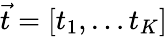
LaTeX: \vec{t}=\left[t_{1},\dots t_{K}\right]